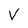
Character: V